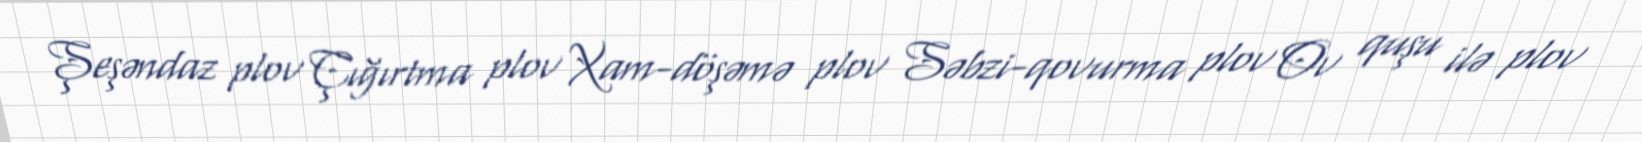
Şeşəndaz plov Çığırtma plov Xam-döşəmə plov Səbzi-qovurma plov Ov quşu ilə plov